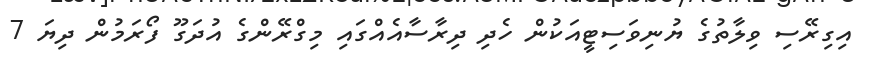
އިގިރޭސި ވިލާތުގެ ޔުނިވަސިޓީއަކުން ހެދި ދިރާސާއެއްގައި މިގްރޭންގެ އުދަގޫ ފޯރަމުން ދިޔަ 7